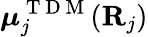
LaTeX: {\boldsymbol{\mu}}_{j}^{\mathrm{~T~D~M~}}({\mathbf{R}}_{j})